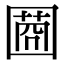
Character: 𡈌